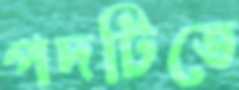
পদটিতে